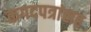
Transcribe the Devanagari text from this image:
कगदपत्रांसह